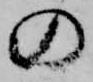
の